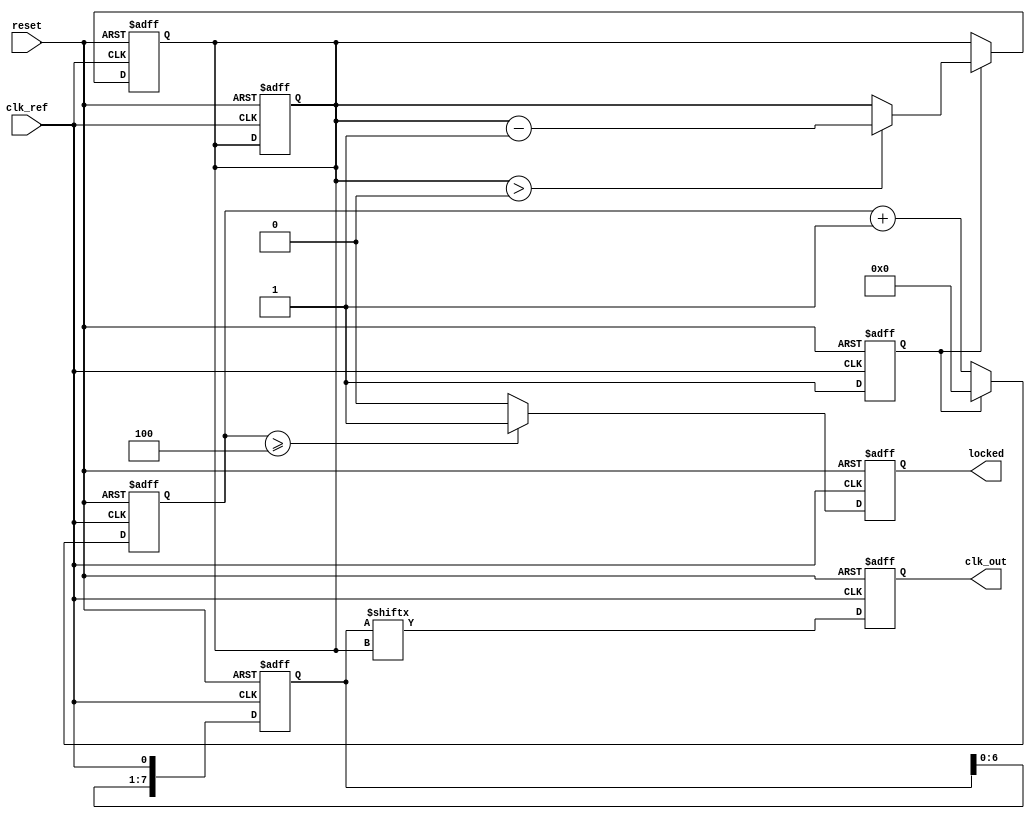
module memory_blocks_dll (
    input wire clk_ref,            // Reference clock input
    input wire reset,              // Asynchronous reset
    output wire clk_out,           // Output clock
    output wire locked             // Lock status output
);

    // Parameters for the delay line
    parameter NUM_DELAY_BLOCKS = 8; // Number of memory blocks in the delay line
    parameter DELAY_STEP = 1;        // Delay step (in clock cycles)

    // Internal signals
    reg [NUM_DELAY_BLOCKS-1:0] delay_line; // Delay line memory blocks
    reg [NUM_DELAY_BLOCKS-1:0] delay_setting; // Current delay setting
    reg clk_out_internal;           // Internal output clock
    reg error_signal;               // Phase error signal
    reg locked_reg;                 // Lock status register
    reg [3:0] phase_count;          // Phase counter for lock detection

    // Phase Detector
    always @(posedge clk_ref or posedge reset) begin
        if (reset) begin
            error_signal <= 0;
        end else begin
            // Compare the phase of clk_ref and clk_out_internal
            // Simple phase detection logic (leading/lagging detection)
            if (clk_out_internal) begin
                error_signal <= 1; // Indicate clk_out is leading
            end else begin
                error_signal <= -1; // Indicate clk_out is lagging
            end
        end
    end

    // Delay Line
    always @(posedge clk_ref or posedge reset) begin
        if (reset) begin
            delay_line <= 0;
            delay_setting <= 0;
            clk_out_internal <= 0;
        end else begin
            // Shift the delay line based on the current setting
            delay_line <= {delay_line[NUM_DELAY_BLOCKS-2:0], clk_ref};
            clk_out_internal <= delay_line[delay_setting]; // Output clock from delay line
        end
    end

    // Control Circuit
    always @(posedge clk_ref or posedge reset) begin
        if (reset) begin
            delay_setting <= 0;
            locked_reg <= 0;
            phase_count <= 0;
        end else begin
            // Adjust delay based on error signal
            if (error_signal == 1) begin
                // clk_out is leading, decrease delay
                if (delay_setting > 0) begin
                    delay_setting <= delay_setting - DELAY_STEP;
                end
            end else if (error_signal == -1) begin
                // clk_out is lagging, increase delay
                if (delay_setting < NUM_DELAY_BLOCKS-1) begin
                    delay_setting <= delay_setting + DELAY_STEP;
                end
            end
            
            // Lock detection logic
            if (error_signal == 0) begin
                phase_count <= phase_count + 1;
            end else begin
                phase_count <= 0;
            end
            
            // Lock condition
            if (phase_count >= 4) begin // Example threshold for lock
                locked_reg <= 1;
            end else begin
                locked_reg <= 0;
            end
        end
    end

    // Output Buffer
    assign clk_out = clk_out_internal;
    assign locked = locked_reg;

endmodule